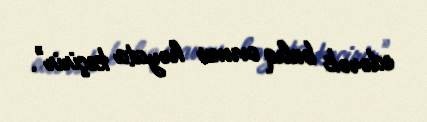
edərək balıq ovunu həyata keçirir".